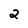
Character: 2